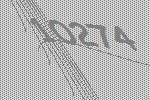
10274